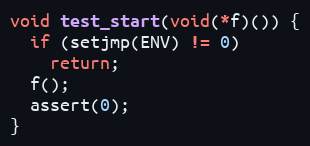
Language: C
void test_start(void(*f)()) {
  if (setjmp(ENV) != 0)
    return;
  f();
  assert(0);
}